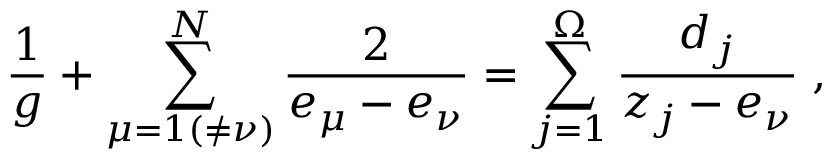
\frac { 1 } { g } + \sum _ { \mu = 1 ( \neq \nu ) } ^ { N } \frac { 2 } { e _ { \mu } - e _ { \nu } } = \sum _ { j = 1 } ^ { \Omega } \frac { d _ { j } } { z _ { j } - e _ { \nu } } \; ,